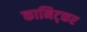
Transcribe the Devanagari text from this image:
कानिट्कर